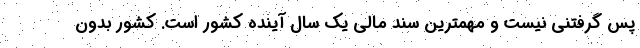
پس گرفتنی نیست و مهمترین سند مالی یک سال آینده کشور است. کشور بدون